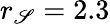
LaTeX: r_{\mathscr{S}}=2.3